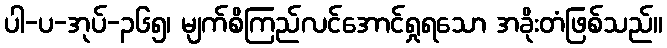
ပါ-ပ-အုပ်-၃၆၅၊ မျက်စိကြည်လင်အောင်ရှုရသော အခိုးတံဖြစ်သည်။